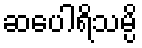
ဆပေါရိသမ္ပိ